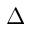
\Delta